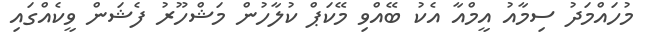
މުހައްމަދު ސިމާއު އީމްއާ އެކު ބޭއްވި މޭކަޕް ކުލާހުން މަޝްހޫރު ފެޝަން ވީކެއްގައި